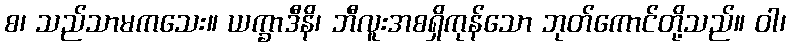
စ၊ သည်သာမကသေး။ ယက္ခာဒီနိ၊ ဘီလူးအစရှိကုန်သော ဘုတ်ကောင်တို့သည်။ ဝါ၊